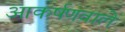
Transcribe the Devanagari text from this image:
आकर्षणवाले